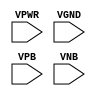
module sky130_fd_sc_ms__tapvpwrvgnd (
    VPWR,
    VGND,
    VPB ,
    VNB
);

    input VPWR;
    input VGND;
    input VPB ;
    input VNB ;
endmodule